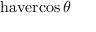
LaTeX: \operatorname { h a v e r c o s } \theta